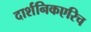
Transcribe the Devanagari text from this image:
दार्शनिकएरिच